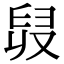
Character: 𦥠